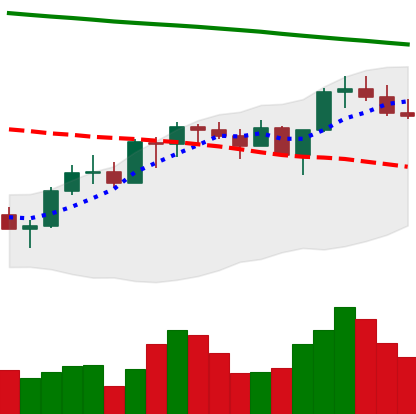
Ticker: XMR-USD
Chart end date: 2022-07-31
Forward return: 4.389%
Label: up_3_5